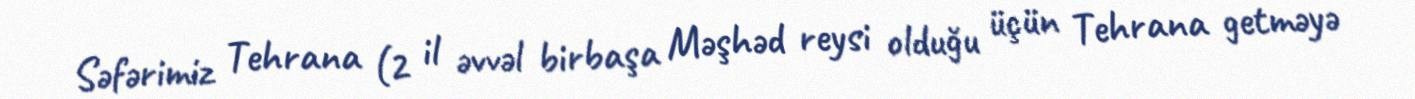
Səfərimiz Tehrana (2 il əvvəl birbaşa Məşhəd reysi olduğu üçün Tehrana getməyə